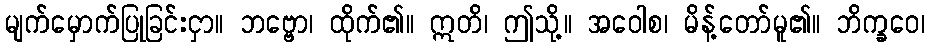
မျက်မှောက်ပြုခြင်းငှာ။ ဘဗ္ဗော၊ ထိုက်၏။ ဣတိ၊ ဤသို့။ အဝေါစ၊ မိန့်တော်မူ၏။ ဘိက္ခဝေ၊